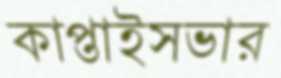
কাপ্তাইসভার